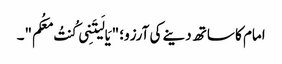
امام کا ساتھ دینے کی آرزو؛ "یَا لَیتَنِی کُنتُ مَعَکُم"۔